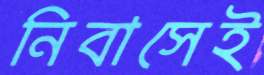
নিবাসেই